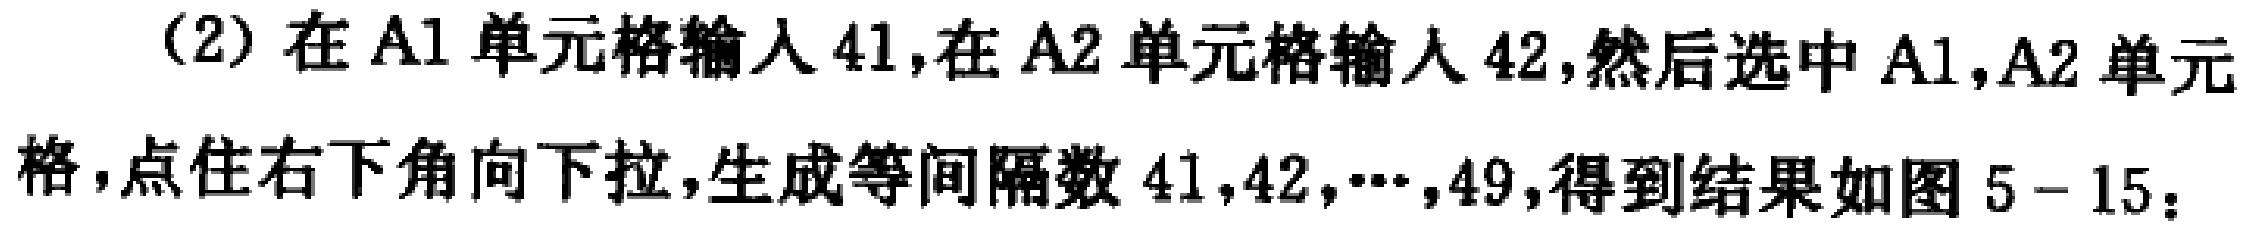
(2) 在A1单元格输入41,在A2单元格输入42,然后选中A1,A2单元格,点住右下角向下拉,生成等间隔数41,42,…,49,得到结果如图5 - 15：